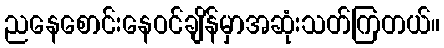
ညနေစောင်းနေဝင်ချိန်မှာအဆုံးသတ်ကြတယ်။